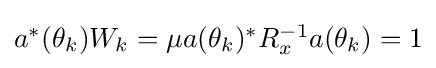
\textstyle a^{*}(\theta _{k})W_{k}=\mu a(\theta _{k})^{*}R_{x}^{-1}a(\theta _{k})=1